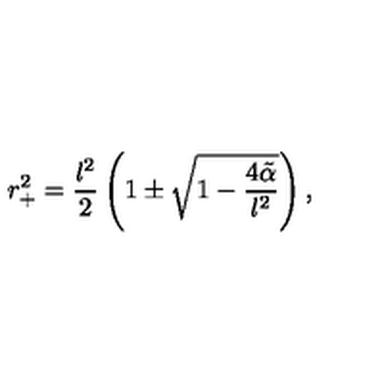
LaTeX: r _ { + } ^ { 2 } = \frac { l ^ { 2 } } { 2 } \left( 1 \pm \sqrt { 1 - \frac { 4 \tilde { \alpha } } { l ^ { 2 } } } \right) ,